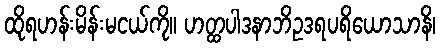
ထိုရဟန်းမိန်းမငယ်ကို။ ဟတ္ထပါဒနာဘိဥဒရပရိယောသာနိ၊